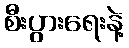
စီးပွားရေးနဲ့